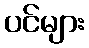
ပင်များ